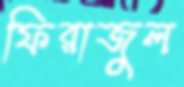
ফিরাজুল